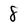
Character: 8